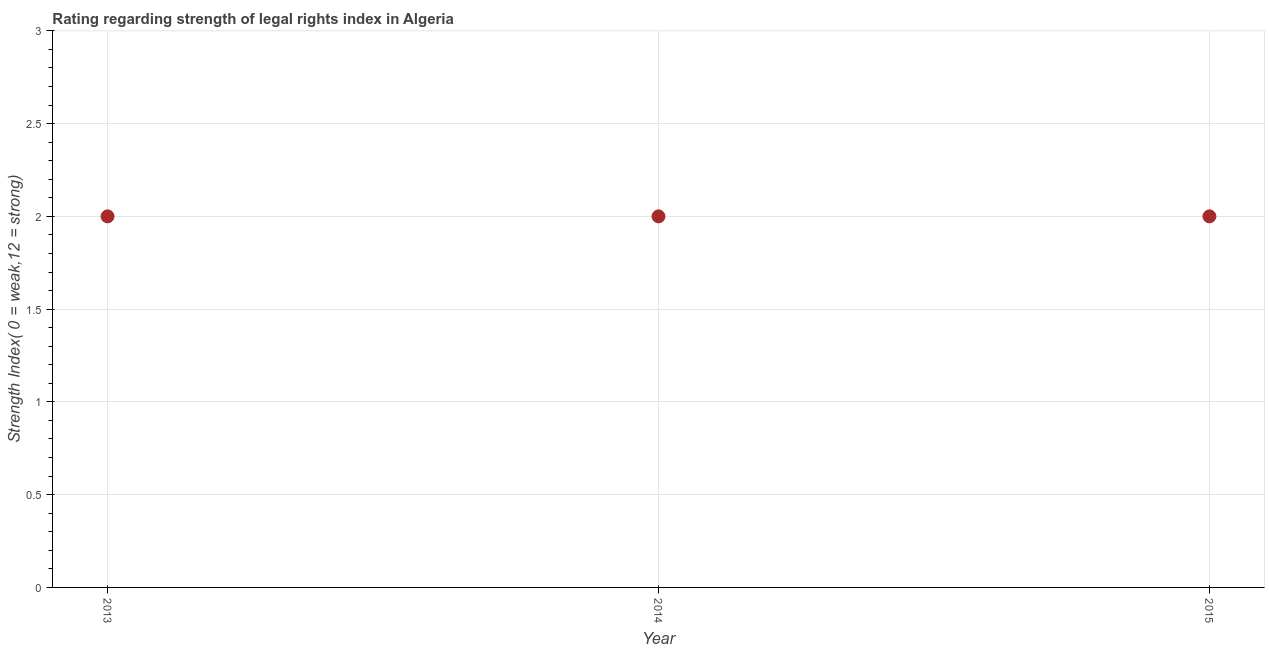
| Year | Strength of legal rights index |
 | --- | --- |
 | 2013 | 2 |
 | 2014 | 2 |
 | 2015 | 2 |